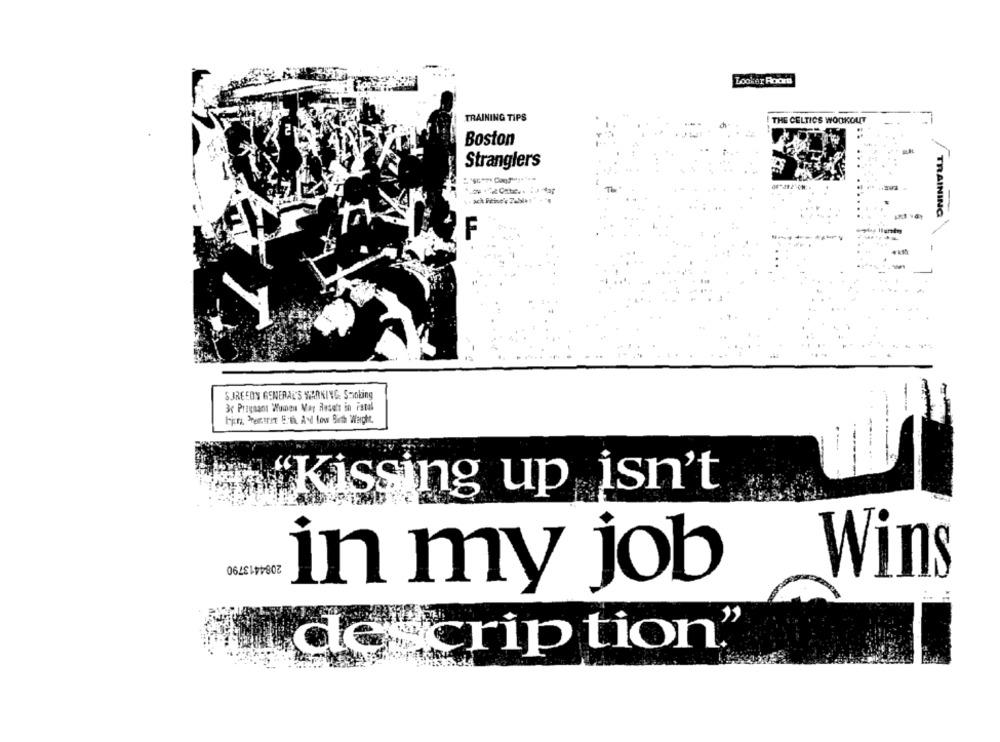
Locker Roos
TRAINING TIPS
THE CELTICS WORKOUT
Boston
Stranglers
TRAINING
F
SURGEON GENERAL'S WARNING SHobing
3c Pregnant Women May Result in istal
bir 'Portret Erth And Low Birth Weight.
"Kissing up isn't
2084413790
Wins
in my job
description"